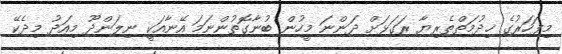
މިފަހަރުގެ ޚިދުމަތްތެރިޔާ ރަގަޅަށް ދަންނަ މީހުން ބުނާގޮތުންނަމަ އޭނާއަކީ ނިލަންދޫ މިއަދު މިދެކޭ